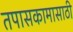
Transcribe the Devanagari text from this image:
तपासकामासाठी